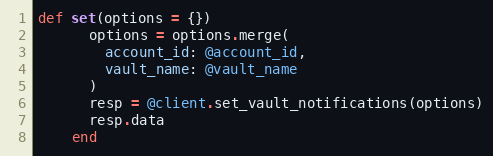
Language: Ruby
def set(options = {})
      options = options.merge(
        account_id: @account_id,
        vault_name: @vault_name
      )
      resp = @client.set_vault_notifications(options)
      resp.data
    end